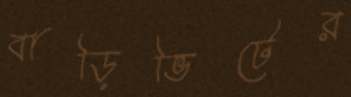
বাড়িভিটের